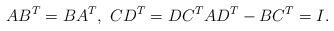
LaTeX: \begin{align*}A B^T = B A^T, \ C D^T = D C^T A D^T - B C^T = I.\end{align*}